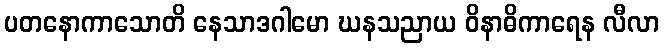
ပတနောကာသောတိ နေသာဒဂါမော ဃနသညာယ ဝိနာဓိကာရေန လီလာ